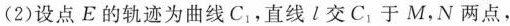
(2)设点E的轨迹为曲线C_{1}，直线l交C_{1}于M，N两点，